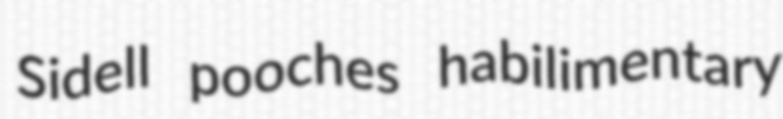
Sidell pooches habilimentary